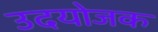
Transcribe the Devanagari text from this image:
उदयोजक